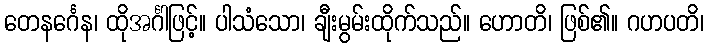
တေနင်္ဂေန၊ ထိုအင်္ဂါဖြင့်။ ပါသံသော၊ ချီးမွမ်းထိုက်သည်။ ဟောတိ၊ ဖြစ်၏။ ဂဟပတိ၊